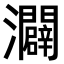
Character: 𪸌